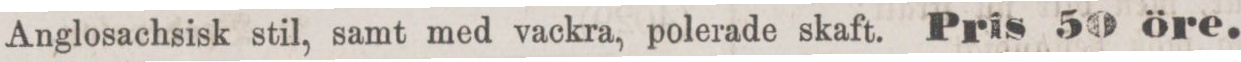
Anglosachsisk stil, samt med vackra, polerade skaft. Pris 50 öre.